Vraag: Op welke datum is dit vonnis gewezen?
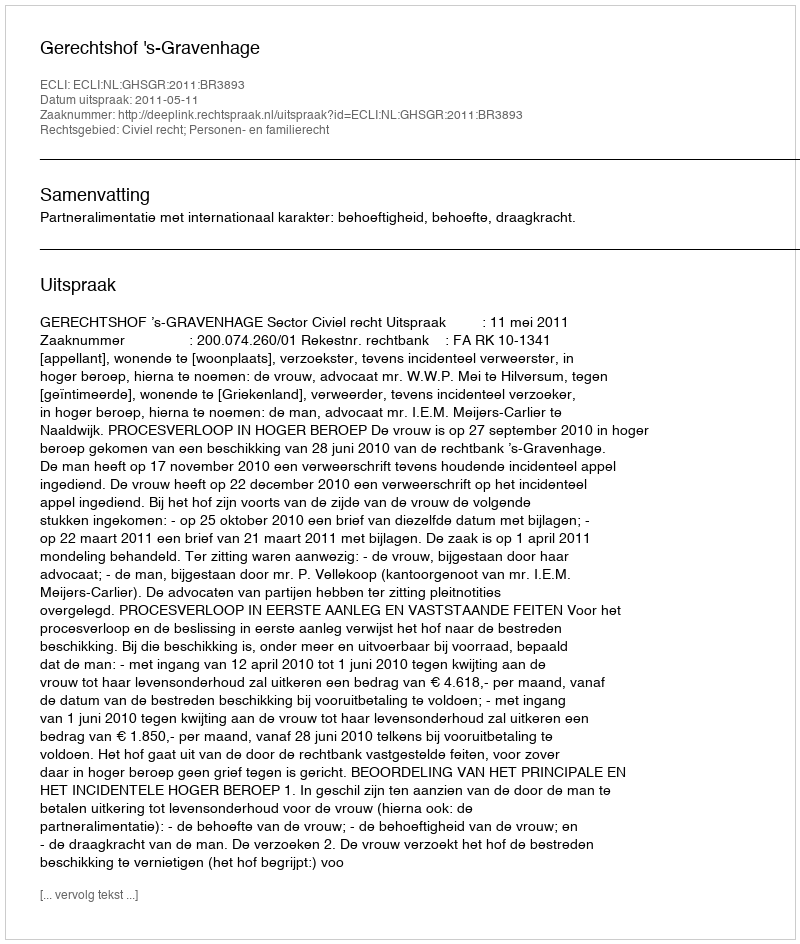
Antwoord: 2011-05-11